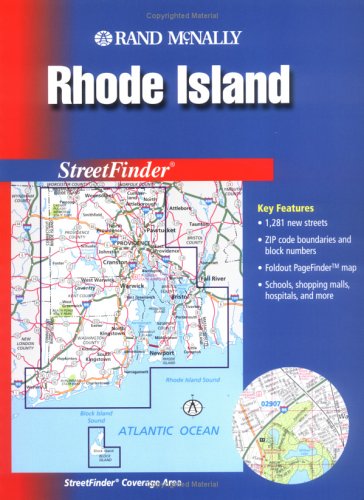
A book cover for Rand McNally Rhode Island Streetfinder (Rand McNally Streetfinder); Rand McNally; Travel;